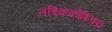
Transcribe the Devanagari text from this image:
तंत्रिककोशिक्य